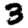
Digit: 3